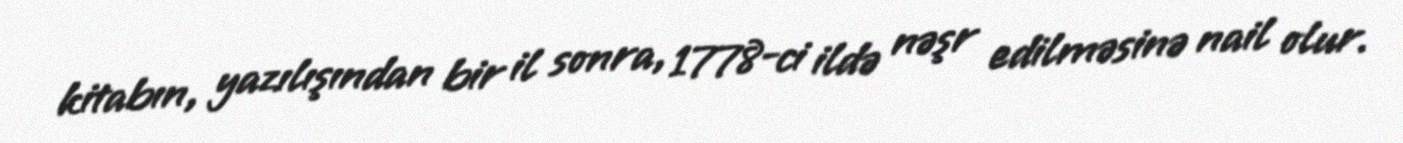
kitabın, yazılışından bir il sonra, 1778-ci ildə nəşr edilməsinə nail olur.